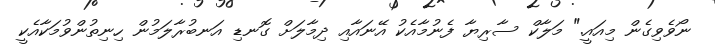
ނޯވެވިގެން މިއައީ." މަލާކް ސާރިޔާ ފެނުމާއެކު އޭނައާއި ދިމާލަށް ގޮނޑި އަނބުރާލަމުން ހިނިތުންވުމަކާއެކީ